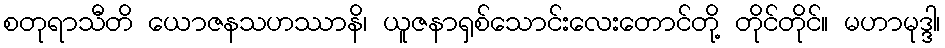
စတုရာသီတိ ယောဇနသဟဿာနိ၊ ယူဇနာရှစ်သောင်းလေးတောင်တို့ တိုင်တိုင်။ မဟာမုဒ္ဒါ၊